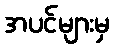
အပင်များမှ